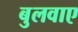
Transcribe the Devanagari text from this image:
बुलवाए